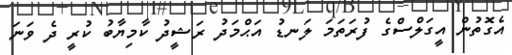
އެގޮތުން އީގަލްސްގެ ފުރަތަމަ ލަނޑު އަޙްމަދު ރަޝީދު ކާމިޔާބު ކުރީ ދެ ވަނަ